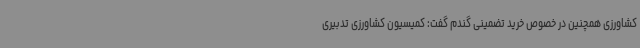
کشاورزی همچنین در خصوص خرید تضمینی گندم گفت: کمیسیون کشاورزی تدبیری